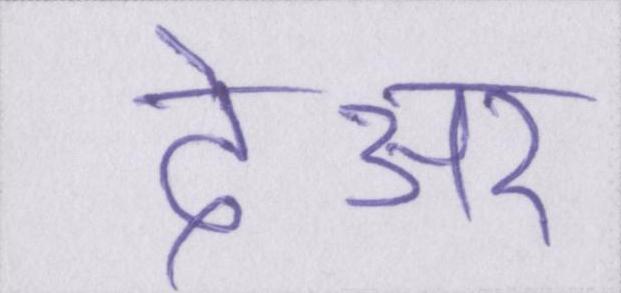
देअर